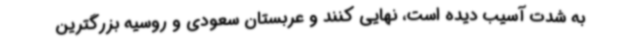
به شدت آسیب دیده است، نهایی کنند و عربستان سعودی و روسیه بزرگترین